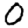
Digit: 0